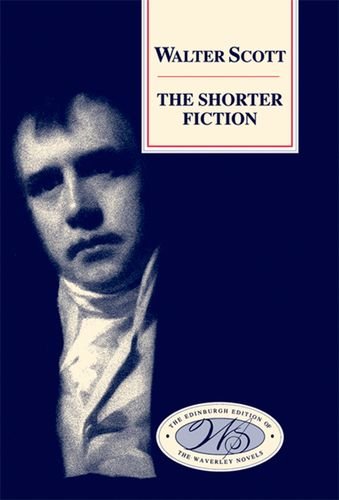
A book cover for The Shorter Fiction (Edinburgh Edition of the Waverley Novels EUP); Walter Scott; Literature & Fiction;